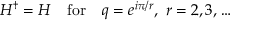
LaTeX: H ^ { \dagger } = H \quad \mathrm { f o r } \quad q = e ^ { i \pi / r } , \ r = 2 , 3 , \dots